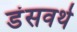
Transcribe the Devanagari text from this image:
डंसवर्थ